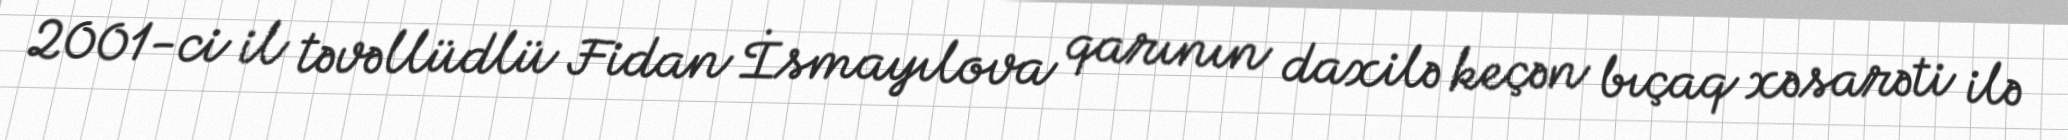
2001-ci il təvəllüdlü Fidan İsmayılova qarının daxilə keçən bıçaq xəsarəti ilə